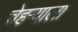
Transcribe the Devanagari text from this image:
चेहर्‍याला